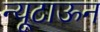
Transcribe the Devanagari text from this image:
न्यूटाऊन